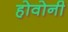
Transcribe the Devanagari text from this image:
होवोनी